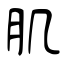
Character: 肌